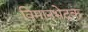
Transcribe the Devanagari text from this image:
विमानभेदक